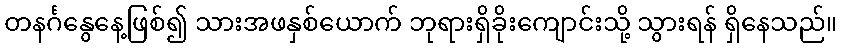
တနင်္ဂနွေနေ့ဖြစ်၍ သားအဖနှစ်ယောက် ဘုရားရှိခိုးကျောင်းသို့ သွားရန် ရှိနေသည်။